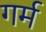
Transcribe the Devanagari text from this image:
गर्म